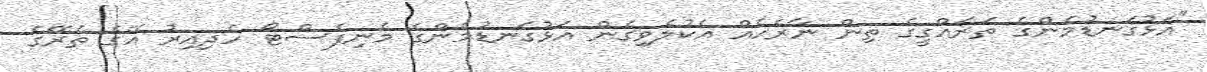
"އަޅުގަނޑުމެެންގެ ތަރައްގީގެ ތިން ނާރެހެއް އެކުލެވިގެން އަޅުގަނޑުމެންގެ މެނިފެސްޓޯ ހެދިއިރު އޭގެ ތެރޭގެ